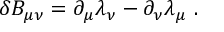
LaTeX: \delta B _ { \mu \nu } = \partial _ { \mu } \lambda _ { \nu } - \partial _ { \nu } \lambda _ { \mu } \ .